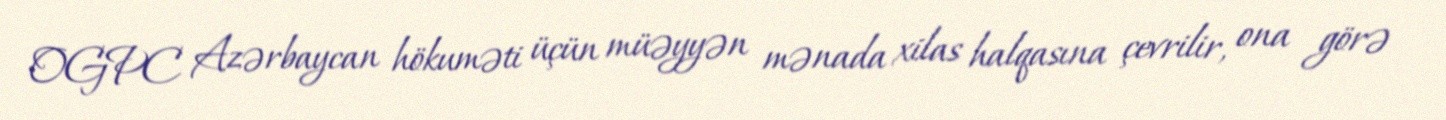
OGPC Azərbaycan hökuməti üçün müəyyən mənada xilas halqasına çevrilir, ona görə